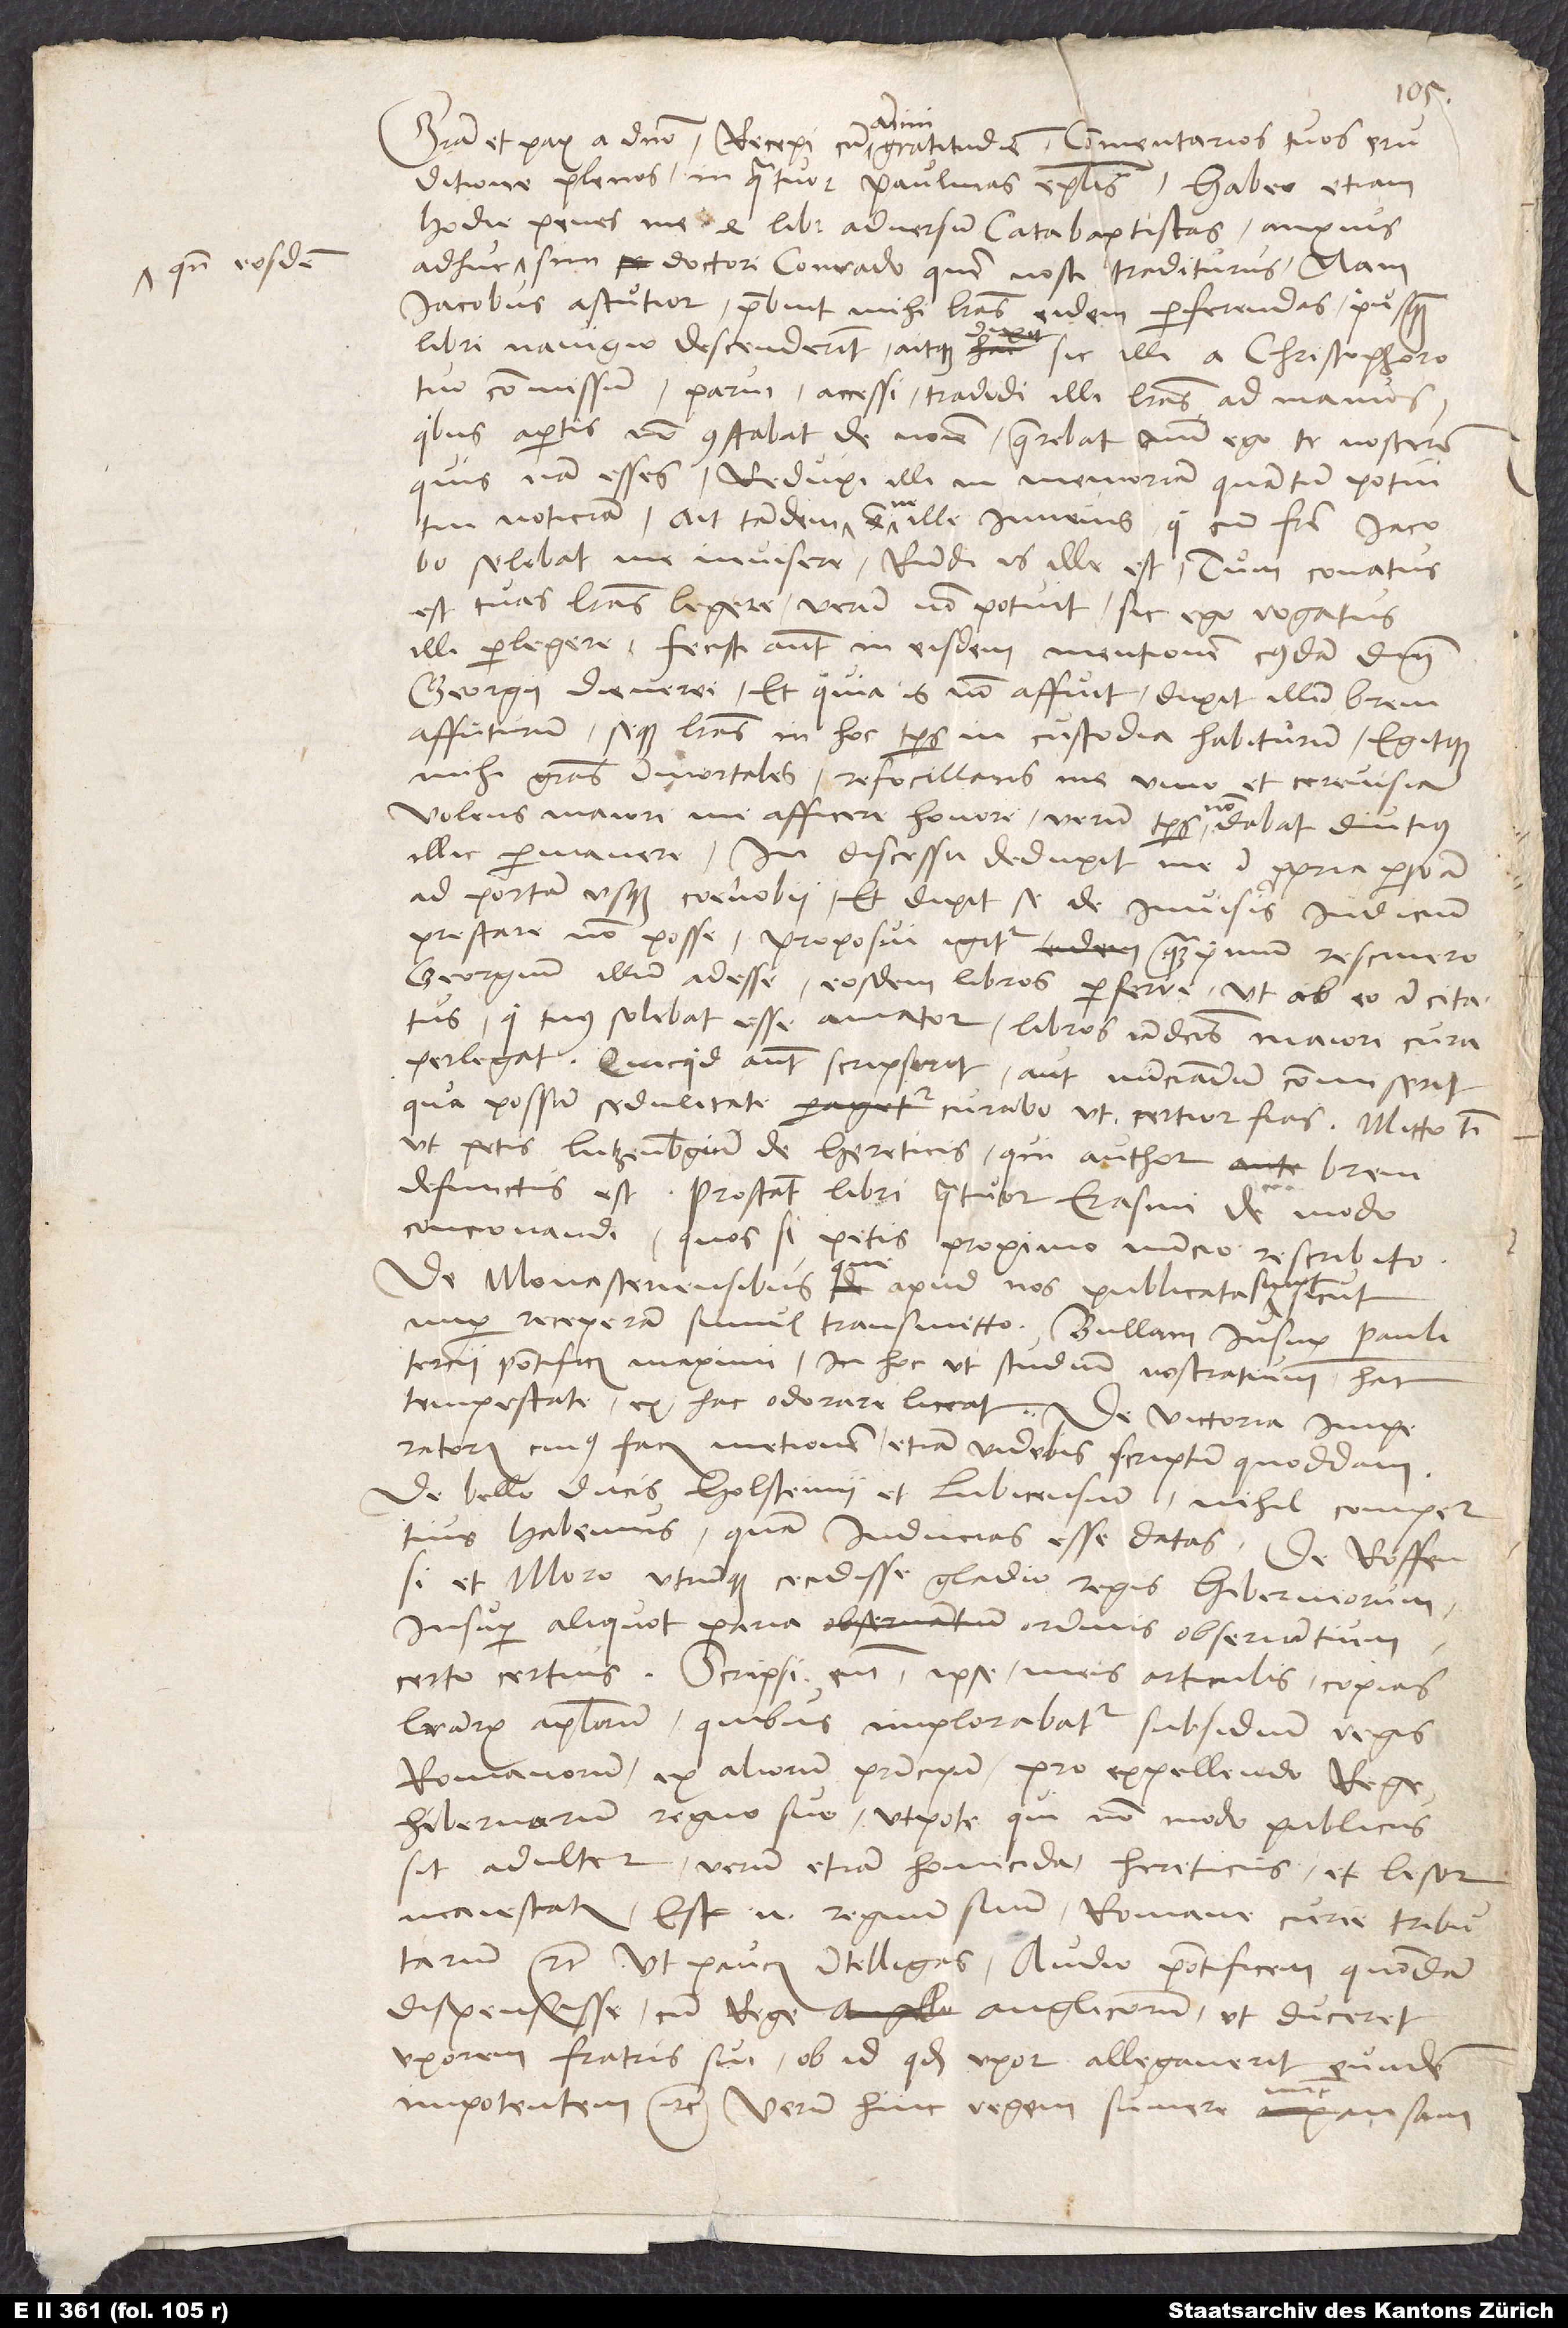
quando eosdem

Gratia et pax a domino. Recepi cum animi gratitudine commentarios tuos
eruditione plenos in quatuor Paulinas epistolas. Habeo etiam
hodie penes me 4 libros adversum catabaptistas anxius
sim doctori Conrado, quem nosti, traditurus. Nam
Iacobus astutior praebuit mihi litteras eidem perferendas, priusquam
libri navigio descenderint, aitque sic illi a Christophoro
tuo commissurn. Parui, accessi, tradidi illi litteras ad manus.
Quibus apertis non constabat de nomine. Quaerebat, num ego te noscerem,
quisnam esses. Reduxi illi in memoriam, quantum potui,
tui noticiam. Ait tandem: "Estne ille iuvenis, qui cum fratre Iacobo
solebat me invisere?" Respondi: "Is ille est." Tum conatus
est tuas litteras legere, verum non potuit. Sic ego rogatus
illi perlegere. Fecisti autem in eisdem mentionem cuiusdam domini
GeorgiiDienerei, et quia is non affuit, dixit illum brevi
affuturum seque litteras in hoc tempus in custodia habiturum egitque
mihi gratias imortales refocillans me vino et cerevisia
volens maiori me afficere honore. Verum tempus non dabat diutius
illic permanere. In discessu deduxit me in propria persona
ad portam usque coenobii et dixit se de invisis iudicium
prestare non posse. Proposui igitur, quamprimum rescivero
Georgium illum adesse, eosdem libros perferre, ut ab eo incitatus,
qui tuus solebat esse amator, libros iam dictos maiori cura
perlegat. Quicquid autem scripserit aut nunciandum commiserit,
qua possum sedulitate curabo, ut certior fias. Mitto tibi,
ut petis, Lutzenburgium De hereticis, qui author brevi
defunctus est. Prostant libri quatuor Erasmi De modo
concionandi. Quos si petis, proximo nuncio rescribito.
De Monasteriensibus, que apud nos publicata sunt, sicut
nuper receperam, simul transmitto, bullam insuper Pauli
tercii pontificis maximi in hoc, ut studium nostratium hac
tempestate ex hac odorare liceat. De victoria imperatoris,
cuius facis mentionem, etiam videbis scriptum quoddam
De bello ducis Holsteinii et Lubicensium nihil compertius
habemus quam inducias esse datas. De Roffensi
et Moro, utrumque cecidisse gladio regis Hibemiorum,
insuper aliquot paria ordinis observantium,
certo certius. Scripsi enim ipse meis articulis copias
litterarum apostolicarum, quibus implorabatur subsidium regis
Romanorum et aliorum principum pro expellendo rege
Hibemorum regno suo, utpote qui non modo publicus
sit adulter, verum etiam homicida, hereticus et lesor
maiestatis. Est enim regnum suum Romane curie tributarium
etc. Ut paucis intelligas: Audio pontificem quondam
dispensisse cum rege Anglicorum, ut duceret
uxorem fratris sui, ob id quod uxor allegaverit eundem
impotentem etc; verum hinc regem sumere nunc ansam